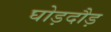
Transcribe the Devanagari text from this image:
घोड़दौड़